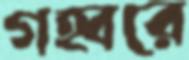
গহ্বরে